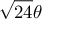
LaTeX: { \sqrt { 2 4 } } \theta